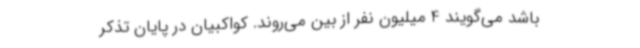
باشد می‌گویند 4 میلیون نفر از بین می‌روند. کواکبیان در پایان تذکر